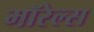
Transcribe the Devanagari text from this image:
मॉरेल्स